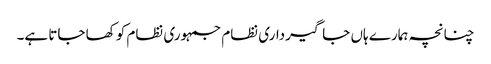
چنانچہ ہمارے ہاں جاگیرداری نظام جمہوری نظام کو کھا جاتا ہے۔